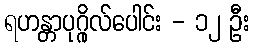
ရဟန္တာပုဂ္ဂိုလ်ပေါင်း - ၁၂ ဦး